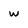
Character: w